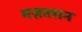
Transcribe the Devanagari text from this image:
मज़त्लान